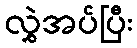
လွှဲအပ်ပြီး